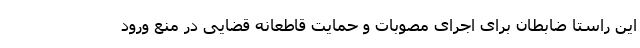
این راستا ضابطان برای اجرای مُصوبات و حمایت قاطعانه قضایی در منع ورود